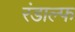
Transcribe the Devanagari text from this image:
रंडाल्फ